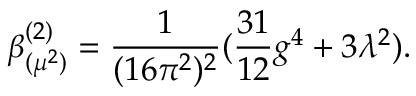
\beta _ { ( \mu ^ { 2 } ) } ^ { ( 2 ) } = \frac { 1 } { ( 1 6 \pi ^ { 2 } ) ^ { 2 } } ( \frac { 3 1 } { 1 2 } g ^ { 4 } + 3 \lambda ^ { 2 } ) .